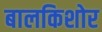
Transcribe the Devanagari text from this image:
बालकिशोर